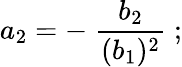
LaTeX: a_{2}=-\; {\frac{b_{2}}{(b_{1})^{2}}}\; ;